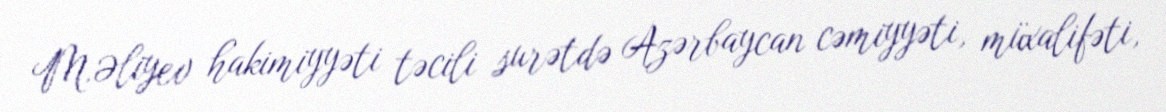
M.Əliyev hakimiyyəti təcili surətdə Azərbaycan cəmiyyəti, müxalifəti,